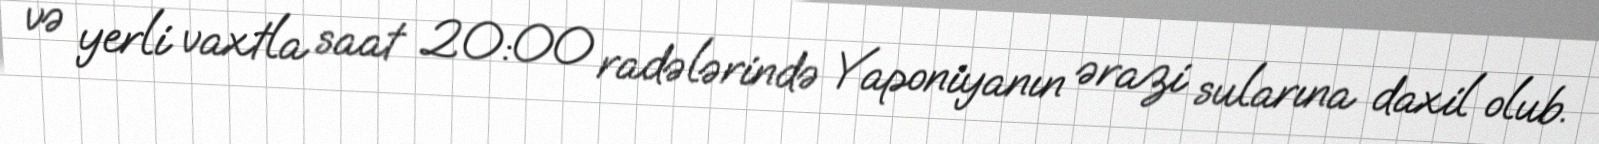
və yerli vaxtla saat 20:00 radələrində Yaponiyanın ərazi sularına daxil olub.